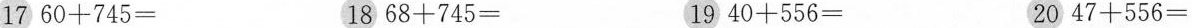
17 $$ 60 + 745 = $$ 18 $$ 68 + 745 = $$ 19 $$ 40 + 556 = $$ 20 $$ 47 +